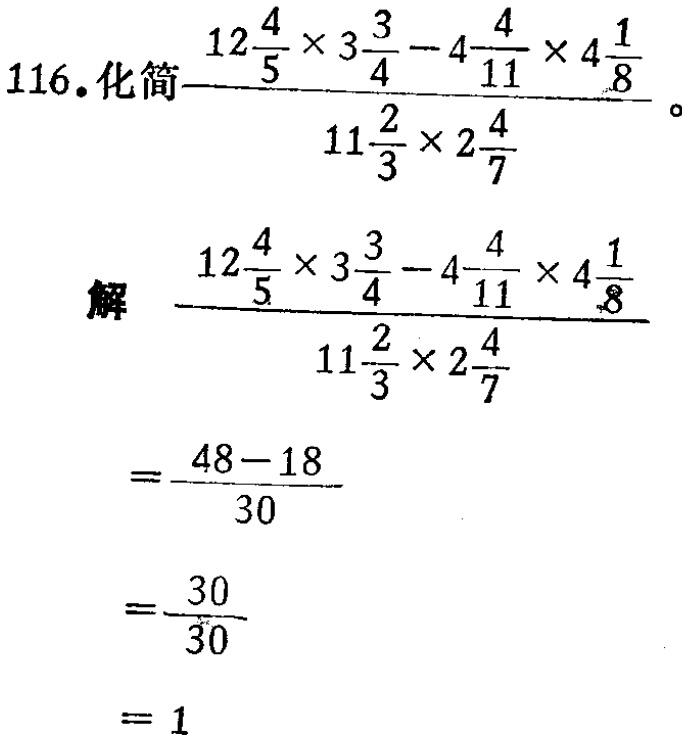
116. 化简\(\frac{12\frac{4}{5} \times 3\frac{3}{4} - 4\frac{4}{11} \times 4\frac{1}{8}}{11\frac{2}{3} \times 2\frac{4}{7}}\)。

解

\(\frac{12\frac{4}{5} \times 3\frac{3}{4} - 4\frac{4}{11} \times 4\frac{1}{8}}{11\frac{2}{3} \times 2\frac{4}{7}}\)

\(=\frac{48 - 18}{30}\)

\(=\frac{30}{30}\)

\(= 1\)